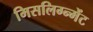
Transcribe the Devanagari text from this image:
मिसलिग्न्मेंट